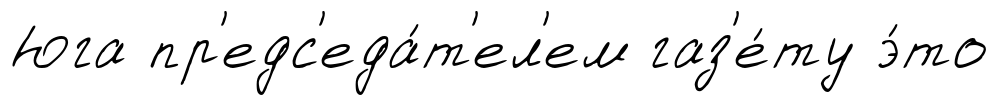
Юга пр'едс'еда́т'ел'ем газ'е́ту э́то